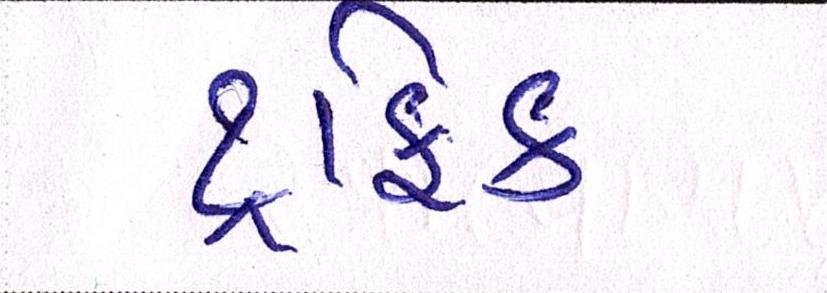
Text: ટ્રાફિક